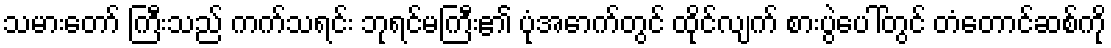
သမားတော် ကြီးသည် ကက်သရင်း ဘုရင်မကြီး၏ ပုံအောက်တွင် ထိုင်လျက် စားပွဲပေါ်တွင် တံတောင်ဆစ်ကို